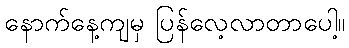
နောက်နေ့ကျမှ ပြန်လေ့လာတာပေါ့။